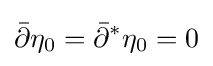
{\bar {\partial }}\eta _{0}={\bar {\partial }}^{*}\eta _{0}=0